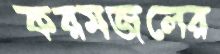
করমজলের